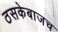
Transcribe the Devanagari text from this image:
ठसकेबाजच